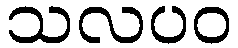
သလပဝ